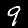
Label: 9